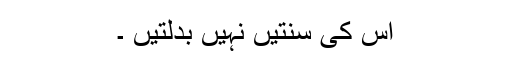
اس کی سنتیں نہیں بدلتیں ۔